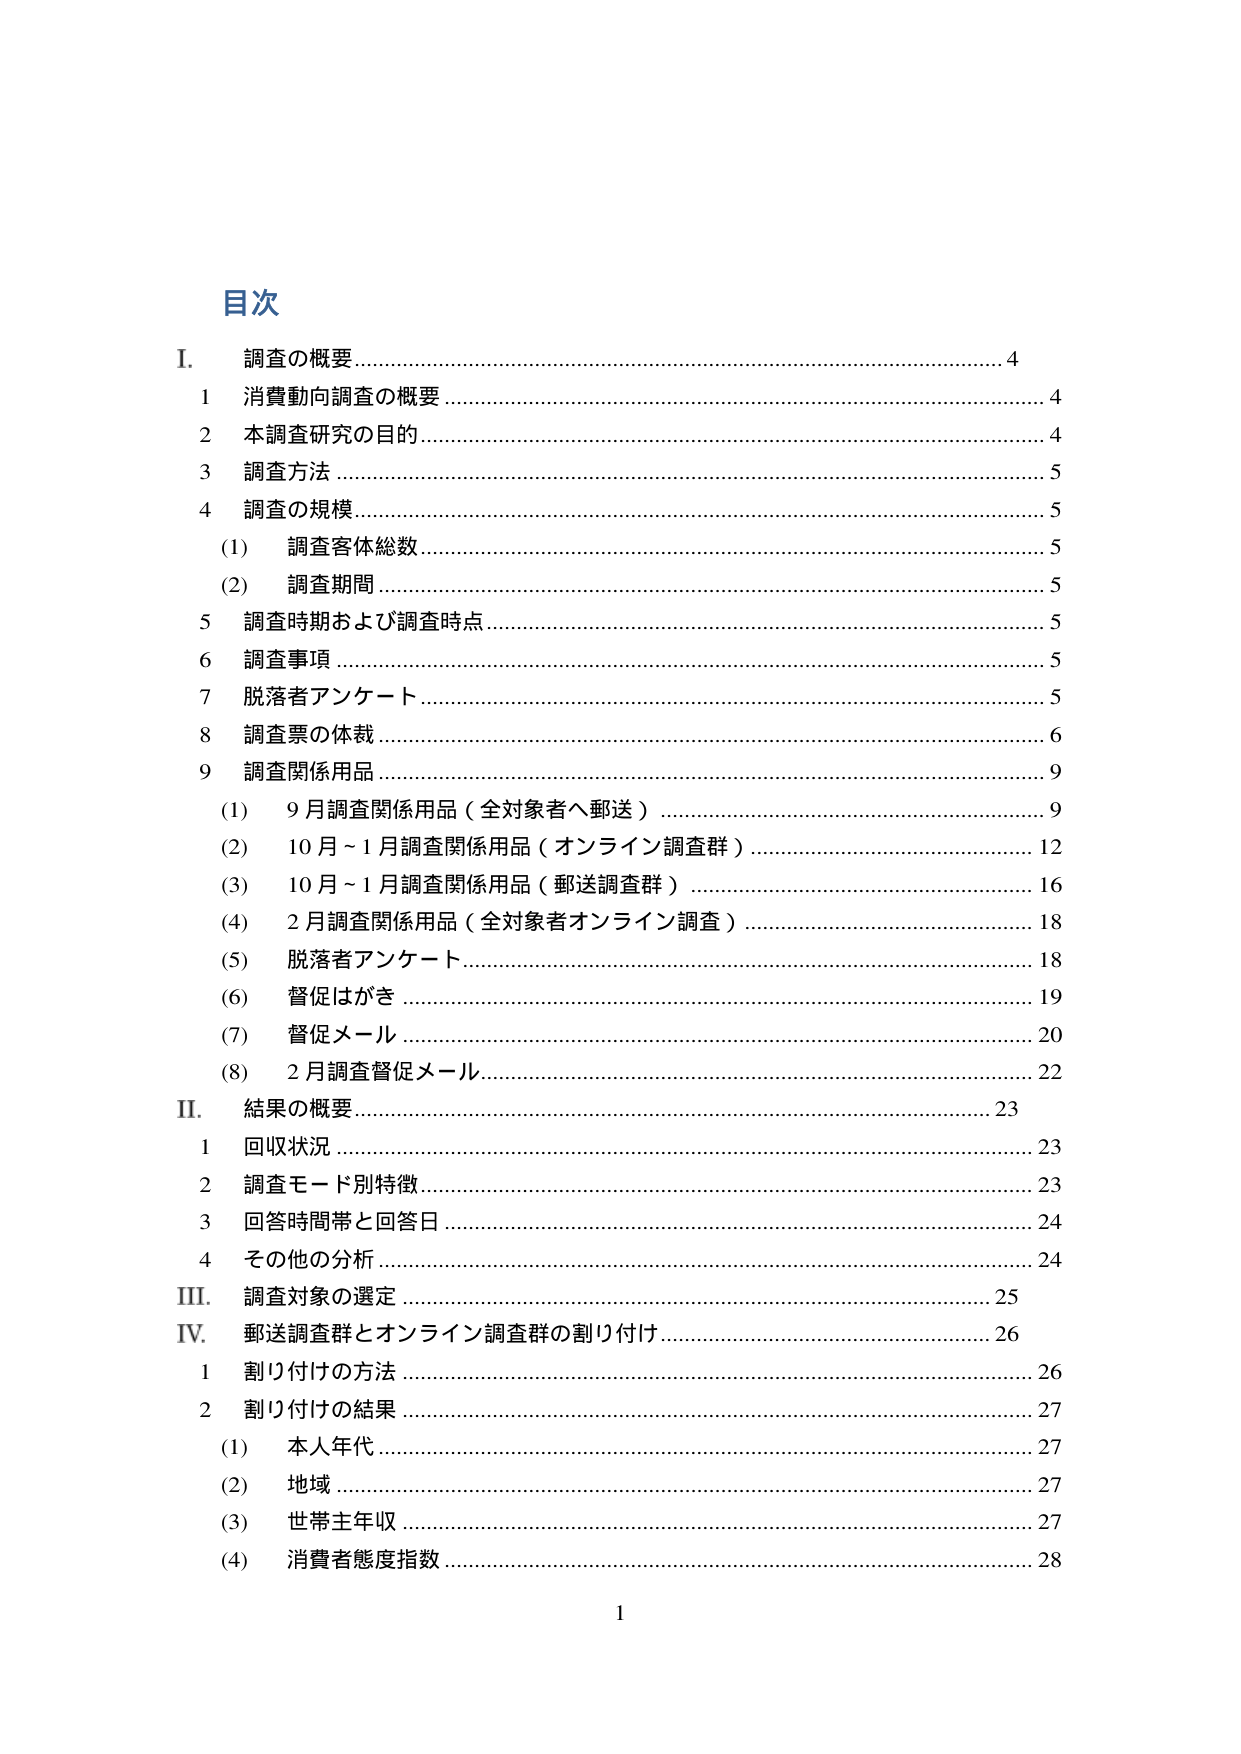
目次

I. 調査の概要…………………………………………………………………………………4
　1 消費動向調査の概要……………………………………………………………………4
　2 本調査研究の目的………………………………………………………………………4
　3 調査方法…………………………………………………………………………………5
　4 調査の規模………………………………………………………………………………5
　　(1) 調査客体総数………………………………………………………………………5
　　(2) 調査期間……………………………………………………………………………5
　5 調査時期および調査時点………………………………………………………………5
　6 調査事項…………………………………………………………………………………5
　7 脱落者アンケート………………………………………………………………………5
　8 調査票の体裁……………………………………………………………………………6
　9 調査関係用品……………………………………………………………………………9
　　(1) 9月調査関係用品（全対象者へ郵送）…………………………………………9
　　(2) 10月～1月調査関係用品（オンライン調査群）………………………………12
　　(3) 10月～1月調査関係用品（郵送調査群）………………………………………16
　　(4) 2月調査関係用品（全対象者オンライン調査）………………………………18
　　(5) 脱落者アンケート…………………………………………………………………18
　　(6) 督促はがき…………………………………………………………………………19
　　(7) 督促メール…………………………………………………………………………20
　　(8) 2月調査督促メール………………………………………………………………22

II. 結果の概要………………………………………………………………………………23
　1 回収状況…………………………………………………………………………………23
　2 調査モード別特徴………………………………………………………………………23
　3 回答時間帯と回答日……………………………………………………………………24
　4 その他の分析……………………………………………………………………………24

III. 調査対象の選定………………………………………………………………………25

IV. 郵送調査群とオンライン調査群の割り付け…………………………………………26
　1 割り付けの方法…………………………………………………………………………26
　2 割り付けの結果…………………………………………………………………………27
　　(1) 本人年代……………………………………………………………………………27
　　(2) 地域…………………………………………………………………………………27
　　(3) 世帯主年収…………………………………………………………………………27
　　(4) 消費者態度指数……………………………………………………………………28

1